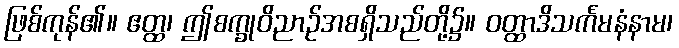
ဖြစ်ကုန်၏။ ဧတ္ထ၊ ဤစက္ခုဝိညာဉ်အစရှိသည်တို့၌။ ဝတ္ထာဒိသင်္ကမနံနာမ၊